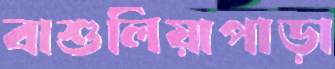
বাশুলিয়াপাড়া